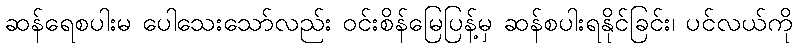
ဆန်ရေစပါးမ ပေါသေးသော်လည်း ဝင်းစိန်မြေပြန့်မှ ဆန်စပါးရနိုင်ခြင်း၊ ပင်လယ်ကို